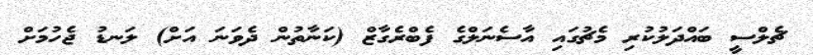
ޗެލްސީ ބައްދަލުކުރި މެޗުގައި އާސެނަލްގެ ފެބްރެގާޒް (ކަނާތުން ދެވަނަ އަށް) ލަނޑު ޖެހުމަށް